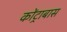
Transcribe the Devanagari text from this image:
कोंट्राबास